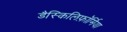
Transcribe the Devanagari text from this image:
डैस्किलिफ़ॉर्मिया